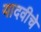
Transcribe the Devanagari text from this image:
यादवीचे